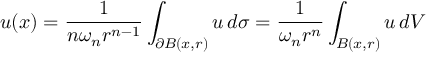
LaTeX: u ( x ) = { \frac { 1 } { n \omega _ { n } r ^ { n - 1 } } } \int _ { \partial B ( x , r ) } u \, d \sigma = { \frac { 1 } { \omega _ { n } r ^ { n } } } \int _ { B ( x , r ) } u \, d V